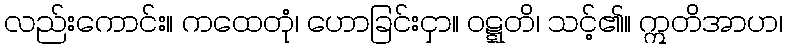
လည်းကောင်း။ ကထေတုံ၊ ဟောခြင်းငှာ။ ဝဋ္ဋတိ၊ သင့်၏။ ဣတိအာဟ၊